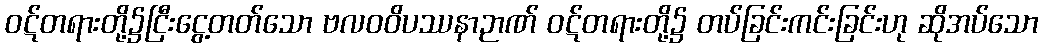
ဝဋ်တရားတို့၌ငြီးငွေ့တတ်သော ဗလဝဝိပဿနာဉာဏ် ဝဋ်တရားတို့၌ တပ်ခြင်းကင်းခြင်းဟု ဆိုအပ်သော